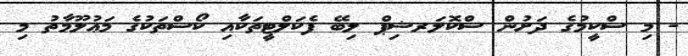
- މި ސްކީމުގެ ދަށުން ސްކޮލަރޝިޕް ލިބޭ ފެކަލްޓީތަކާއި ކޯސްތަކުގެ މަޢުލޫމާތު މި